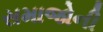
સમાજોની